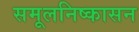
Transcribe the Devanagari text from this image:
समूलनिष्कासन